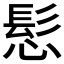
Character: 𮪾